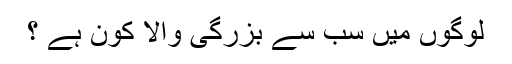
لوگوں میں سب سے بزرگی والا کون ہے ؟